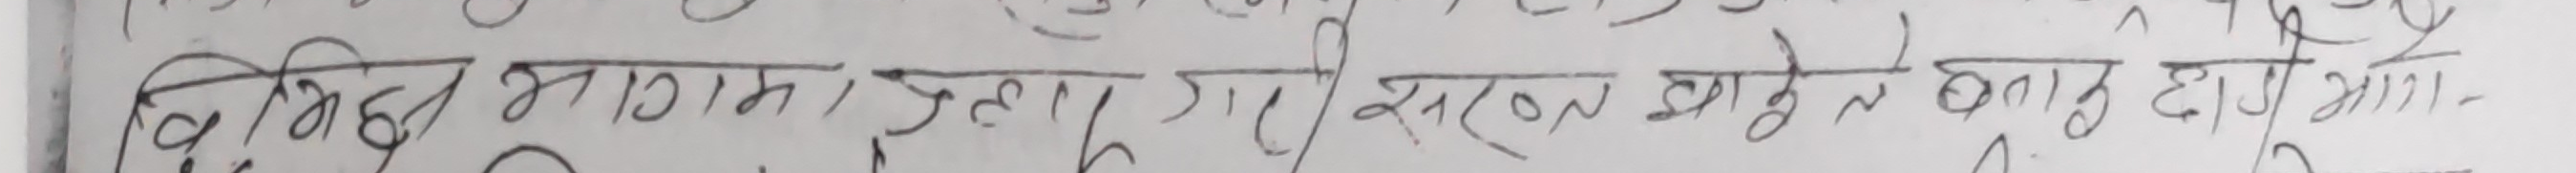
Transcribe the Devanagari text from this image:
विभिन्न माध्यमद्वारा गरी सरल ढङ्गले बताउनु हो।